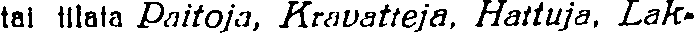
tai tilata Paitoja, Kravatteja, Hattuja, Lak-